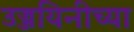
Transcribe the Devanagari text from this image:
उज्जयिनीच्या